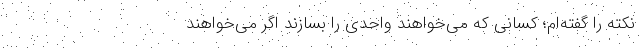
نکته را گفته‌ام؛ کسانی که می‌خواهند واحدی را بسازند اگر می‌خواهند